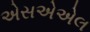
એસએએલ